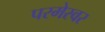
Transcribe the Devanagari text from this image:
परमेस्वर